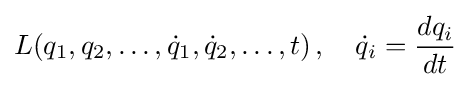
L(q_{1},q_{2},\ldots ,{\dot {q}}_{1},{\dot {q}}_{2},\ldots ,t)\,,\quad {\dot {q}}_{i}={\frac {dq_{i}}{dt}}